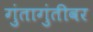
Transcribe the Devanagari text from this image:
गुंतागुंतीवर